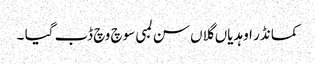
کمانڈر اوہدیاں گلاں سن لمبی سوچ وچ ڈب گیا ۔